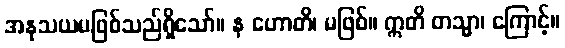
အနုသယမဖြစ်သည်ရှိသော်။ န ဟောတိ၊ မဖြစ်။ ဣတိ တသ္မာ၊ ကြောင့်။